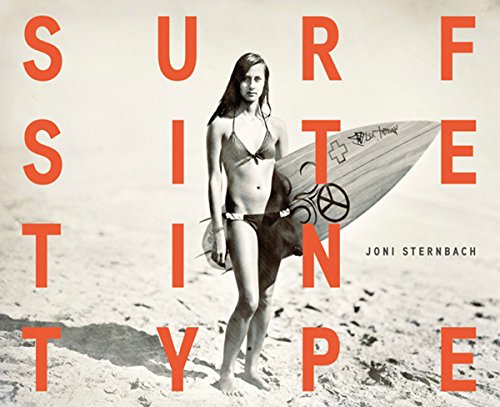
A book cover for Joni Sternbach: Surf Site Tin Type; Lyle Rexer; Arts & Photography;